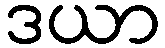
ဒယာ